Annual report of the Civil Veterinary Department, Bengal, for the year 1897-98 - 1897-1898
Year: 1897
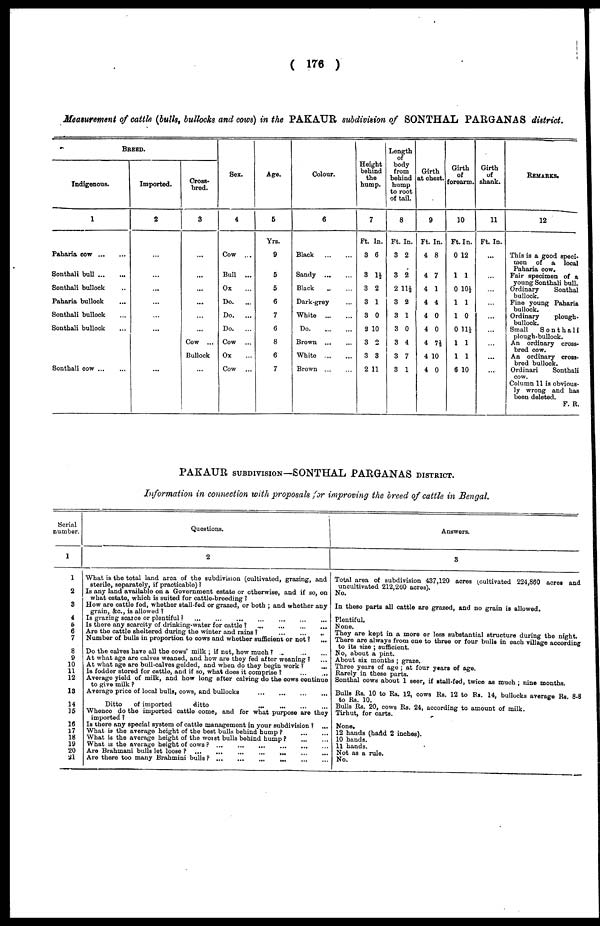
( 176 )
Measurement of cattle (bulls, bullocks and cows) in the PAKAUR subdivision of SONTHAL PARGANAS district.
BREED.
Indigenous.
1
Paharia
cow...
...
Sonthali bull
...
...
Sonthali bullock ...
Paharia bullock ...
Sonthali bullock ...
Sonthali bullock ...
Sonthali cow
...
...
Imported.
2
...
...
...
...
...
...
...
Cross-
bred.
3
...
...
...
...
...
...
Cow ...
Bullock
...
Sex.
4
Cow
Bull ...
Ox
Do.
...
Do.
...
Do.
...
Cow ...
Ox
Cow
Age.
5
Yrs.
9
5
5
6
7
6
8
6
7
Colour.
6
Black
Sandy
Black
Dark-grey
White
Do
Brown
White
Brown ...
Height
behind
the
hump.
7
Ft. In.
3 6
3 1½
3 2
3 1
3 0
2 10
3 2
3 3
2 11
Length
of
body
from
behind
hump
to root
of tail.
8
Ft. In.
3 2
3 2
2 11½
3 2
3 1
3 0
3 4
3 7
3 1
Girth
at chest.
9
Ft. In.
4 8
4 7
4 1
4 4
4 0
4 0
4 7½
4 10
4 0
Girth
of
forearm.
10
Ft. In.
0 12
1 1
0 10½
1 1
1 0
0 11½
1 1
1 1
6 10
Girth
of
shank.
11
Ft. In.
...
...
...
...
...
...
...
...
...
REMARKS.
12
This is a good speci-
men of a local
Paharia cow.
Fair specimen of a
young Sonthali bull.
Ordinary
Sonthal
bullock.
Fine young Paharia
bullock.
Ordinary
plough-
Small
Sonthali
plough-bullock.
An ordinary cross-
bred cow.
An ordinary cross-
bred bullock.
Ordinari
Sonthali
cow.
Column 11 is obvious-
ly wrong and has
been deleted.
F. B.
PAKAUR SUBDIVISION—SONTHAL PARGANAS DISTRICT.
Information in connection with proposals for improving the breed of cattle in Bengal.
Serial
number.
1
2
3
4
6
6
7
8
9
10
11
12
13
14
15
16
17
18
19
20
21
Questions.
2
What is the total land area of the subdivision (cultivated, grazing, and
sterile, separately, if practicable) ?
Is any land available on a Government estate or otherwise, and if so, on
what estate, which is suited for cattle-breeding ?
How are cattle fed, whether stall-fed or grazed, or both ; and whether any
grain, &c., is allowed ?
Is grazing scarce or plentiful?
...
...
...
...
...
...
...
Is there any scarcity of drinking-water for cattle ?
...
...
...
...
Are the cattle sheltered during the winter and rains ?
...
...
...
Number of bulls in proportion to cows and whether sufficient or not ?
...
Do the calves have all the cows' milk ; if not, how much ? ...
...
...
At what age are calves weaned, and how are they fed after weaning ? ...
At what age are bull-calves gelded, and when do they begin work
?
...
Is fodder stored for cattle, and if so, what does it comprise ? ... ...
Average yield of milk, and how long after calving do the cows continue
to
give
milk
?
Average price of local bulls, cows, and bullocks
...
...
...
...
Ditto
of imported
ditto
...
Whence do the imported cattle come, and for what purpose are they
imported ?
Is there any special system of cattle management in your subdivision ? ...
What is the average height of the best bulls behind hump ?
...
...
What is the average height of the worst bulls behind hump ?
...
...
What is the average height of cows
?
...
...
Are Brahmani bulls let loose ?
...
...
...
...
...
...
...
Are there too many Brahmini bulls
?
...
...
... ... ... ... ...
Answers.
3
Total area of subdivision 437,120 acres (cultivated 224,860 acres and
uncultivated 212, 260 acres).
No.
In these parts all cattle are grazed, and no grain is allowed.
Plentiful.
None,
They are kept in a more or less substantial structure during the night.
There are always from one to three or four bulls in each village according
to its size ; sufficient.
No, about a pint.
About six months ; graze.
Three years of age ; at four years of age.
Rarely in these parts.
Sonthal cows about 1 seer, if stall-fed, twice as much; nine months.
Bulls Rs. 10 to Rs. 12, cows Rs. 12 to Rs. 14. bullocks average Rs. 8-8
to Rs. 10.
Bulls Rs. 20, cows Rs. 24, according to amount of milk.
Tirhut, for carts.
None.
12 hands (hand 2 inches).
10 hands.
11 hands.
Not as a rule.
No.